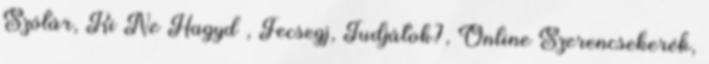
Szótár, Ki Ne Hagyd , Fecsegj, Tudjátok?, Online Szerencsekerék,